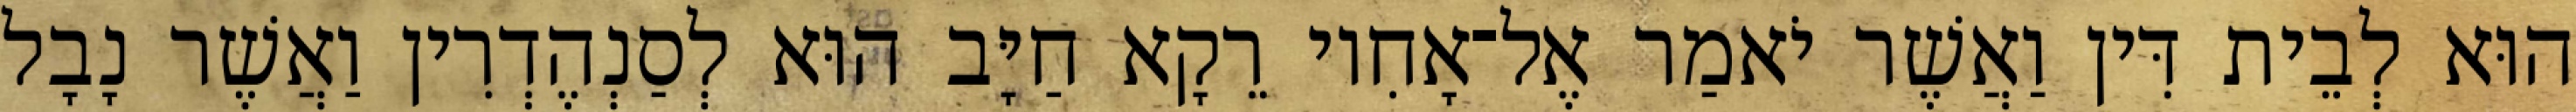
הוּא לְבֵית דִּין וַאֲשֶׁר יֹאמַר אֶל־אָחִיו רֵקָא חַיָּב הוּא לְסַנְהֶדְרִין וַאֲשֶׁר נָבָל